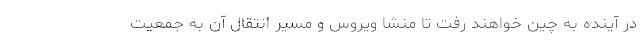
در آینده به چین خواهند رفت تا منشا ویروس و مسیر انتقال آن به جمعیت